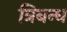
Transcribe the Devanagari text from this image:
त्रिबन्ध